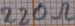
Text: 220Ω